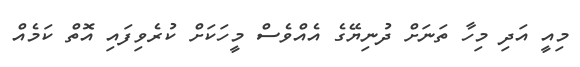
މިއީ އަދި މިހާ ތަނަށް ދުނިޔޭގެ އެއްވެސް މީހަކަށް ކުރެވިފައި އޮތް ކަމެއް